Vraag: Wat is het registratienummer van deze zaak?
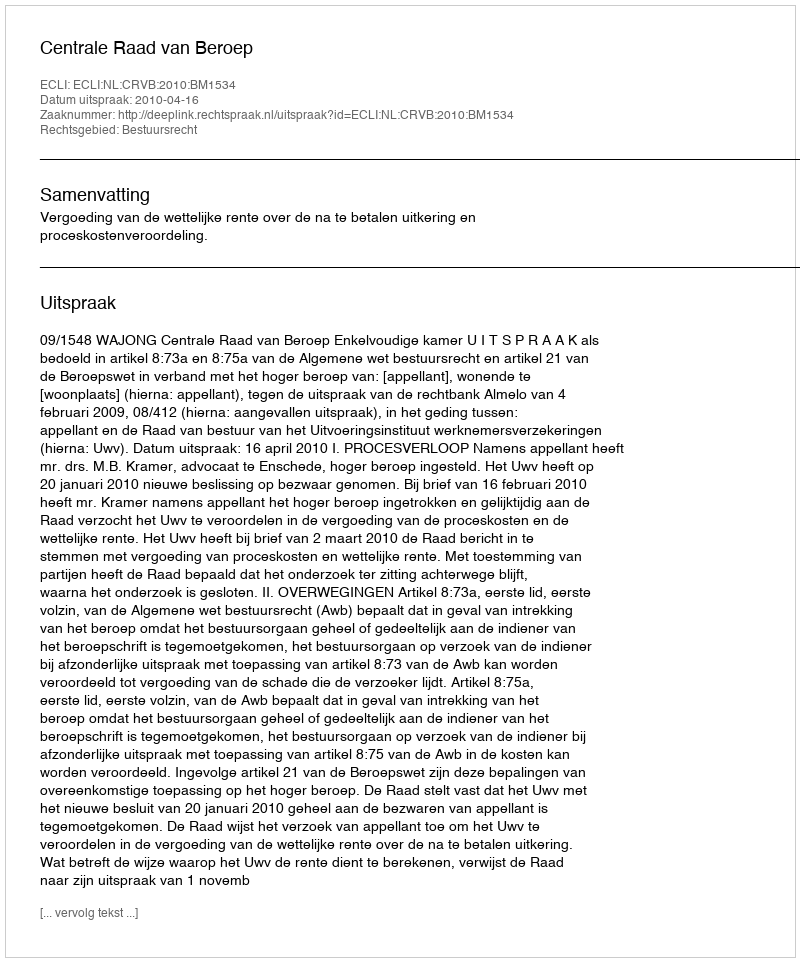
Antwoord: http://deeplink.rechtspraak.nl/uitspraak?id=ECLI:NL:CRVB:2010:BM1534